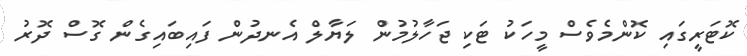
ކޮޓަރީގައި ކޮންމެވެސް މީހަކު ޓަކި ޖަހާލުމުން ލަޔާލް އެނދުން ފައިބައިގެން ގޮސް ދޮރު